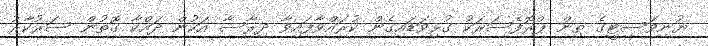
ޔުނިވަސިޓީގެ ތިން ޕްރޮފެސަރަކު ގުޅިވަޑައިގެން ކުރައްވާފައިވާ ދިރާސާ އަކުން ދައްކާ ގޮތުން ސަރުކާރު